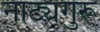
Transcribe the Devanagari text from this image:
नाट्यगुरू